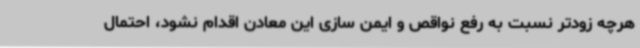
هرچه زودتر نسبت به رفع نواقص و ایمن سازی این معادن اقدام نشود، احتمال